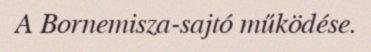
A Bornemisza-sajtó működése.